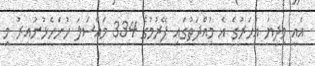
އެއީ މިދިޔަ އަހަރުގެ އެ މުއްދަތުގައި ފޭރުމުގެ 334 މައްސަލަ ހުށަހެޅުނުއިރު މި